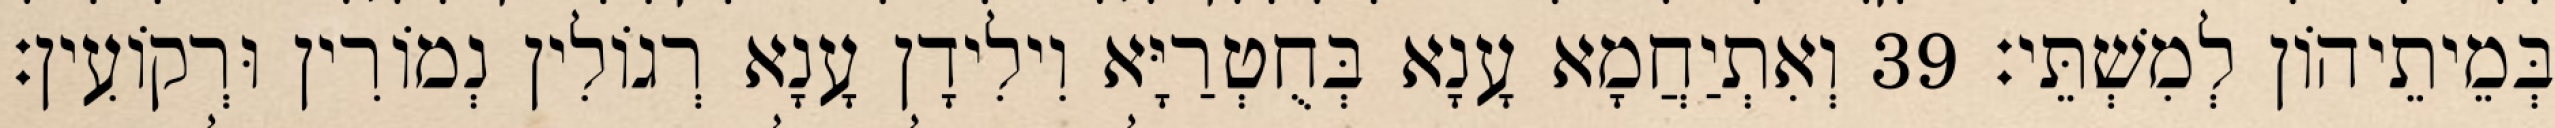
בְּמֵיתֵיהוֹן לְמִשְׁתֵּי׃ 39 וְאִתְיַחֲמָא עָנָא בְּחֻטְרַיָּא וִילִידָן עָנָא רְגוֹלִין נְמוֹרִין וּרְקוֹעִין׃